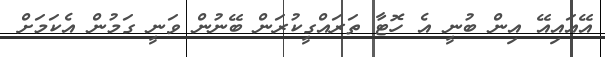
އޭއައިއޭ އިން ބުނީ އެ ހޮޓާ ތަރައްގީކުރަން ބޭނުން ވަނީ ގަމުން އެކަމަށް